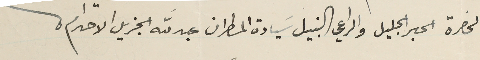
لحضرة الحبر الجليل والراعي النبيل سَيادة المطران عبدالله الجزيل الاحترام